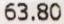
63.80